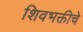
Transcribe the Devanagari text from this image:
शिवभक्तीचे